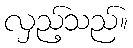
လှည့်သည်။